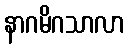
နာဂမိဂသာလာ